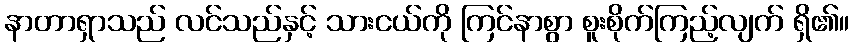
နာတာရှာသည် လင်သည်နှင့် သားငယ်ကို ကြင်နာစွာ စူးစိုက်ကြည့်လျက် ရှိ၏။